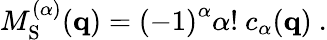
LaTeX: \begin{array}{r}{M_{\mathrm{S}}^{(\alpha)}(\mathbf{q})=\left(-1\right)^{\alpha}\alpha!\ c_{\alpha}(\mathbf{q})\ .}\end{array}